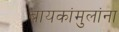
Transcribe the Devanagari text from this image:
बायकांमुलांना